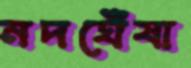
নদঘেঁষা